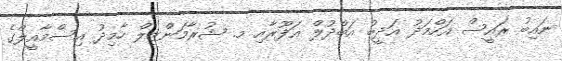
ނައިބު ރައީސް އަހްމަދު އަދީބު އަބްދުލް ޣަފޫރާއި މ. ޝުރާމަންޒިލް ހާމިދު އިސްމާއީލްގެ